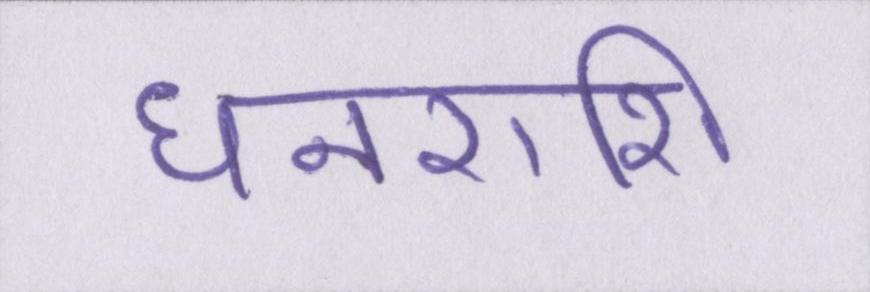
धनराशि